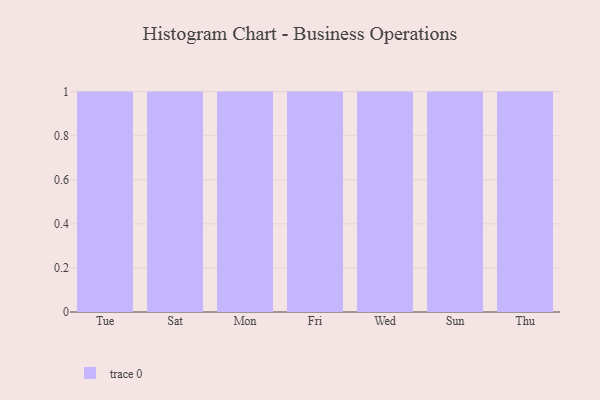
{"axis": {"x": "Day", "y": "Conversion Rate (%)"}, "legend": [""], "data": [{"x": "Tue", "y": 47, "type": ""}, {"x": "Sat", "y": 51, "type": ""}, {"x": "Mon", "y": 33, "type": ""}, {"x": "Fri", "y": 15, "type": ""}, {"x": "Wed", "y": 2, "type": ""}, {"x": "Sun", "y": 94, "type": ""}, {"x": "Thu", "y": 15, "type": ""}]}